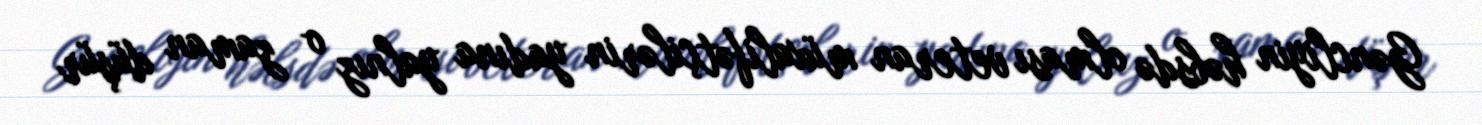
Gəncliyin həbsdə olması veteran müxalifətçilərin yadına yalnız o zaman düşür